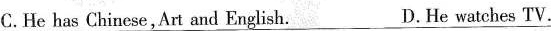
C.He has Chinese,Art and English. D.He watches TV.